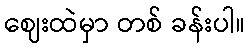
ဈေးထဲမှာ တစ် ခန်းပါ။